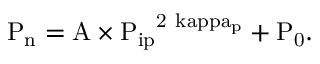
\mathrm { { P _ { n } } = \mathrm { { A } \times \mathrm { { P _ { i p } } ^ { 2 \ k a p p a _ { p } } + \mathrm { { P _ { 0 } } . } } } }